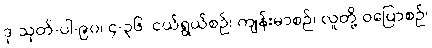
ဒု-သုတ်-ပါ-၉၀၊ ၄-၃၆၊ ငယ်ရွယ်စဉ်၊ ကျန်းမာစဉ်၊ လူတို့ ဝပြောစဉ်၊